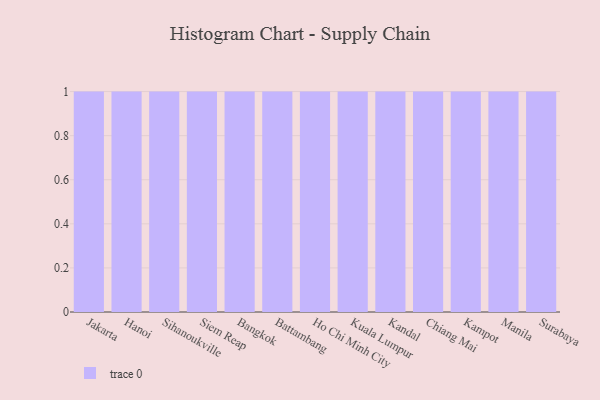
{"axis": {"x": "City", "y": "Backlog"}, "legend": [""], "data": [{"x": "Jakarta", "y": 8, "type": ""}, {"x": "Hanoi", "y": 90, "type": ""}, {"x": "Sihanoukville", "y": 51, "type": ""}, {"x": "Siem Reap", "y": 7, "type": ""}, {"x": "Bangkok", "y": 72, "type": ""}, {"x": "Battambang", "y": 4, "type": ""}, {"x": "Ho Chi Minh City", "y": 47, "type": ""}, {"x": "Kuala Lumpur", "y": 77, "type": ""}, {"x": "Kandal", "y": 39, "type": ""}, {"x": "Chiang Mai", "y": 95, "type": ""}, {"x": "Kampot", "y": 15, "type": ""}, {"x": "Manila", "y": 67, "type": ""}, {"x": "Surabaya", "y": 69, "type": ""}]}